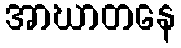
အာဃာတနေ